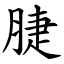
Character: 脻